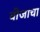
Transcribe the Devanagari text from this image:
बीजाचा